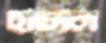
হাতাল